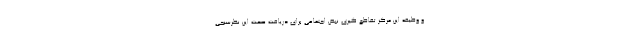
و وظیفه این مرکز تقاطع گیری نبض اجتماعی برای دریافت صحت این نظرسنجی